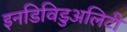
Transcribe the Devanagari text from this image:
इनडिविडुअलिटी